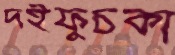
দইফুচকা